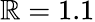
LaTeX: \mathbb{R}=1.1